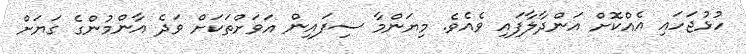
ހުޅުޖަހައި އެއްކޮށް އަންދާލާފައި ވެއެވެ. މިޔަންމާ ސިފައިން އަވަށްތަކަށް ވަދެ އާންމުންގެ ގަޔަށް